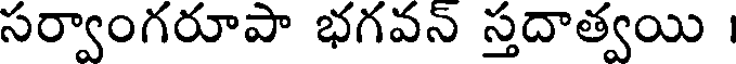
సర్వాంగరూపా భగవన్ స్తదాత్వయి